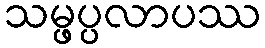
သမ္ဖပ္ပလာပဿ